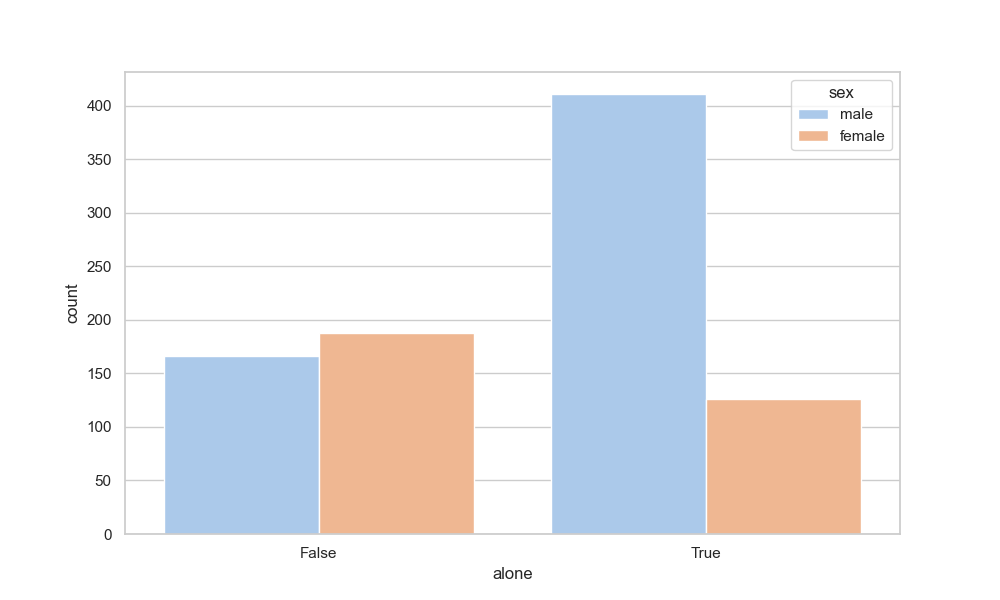
python, seaborn, countplot, x='alone', palette='pastel', hue='sex'